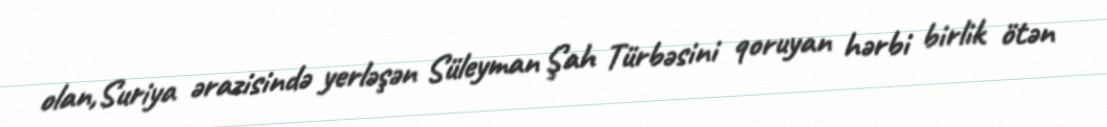
olan,Suriya ərazisində yerləşən Süleyman Şah Türbəsini qoruyan hərbi birlik ötən